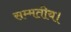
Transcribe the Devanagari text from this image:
सम्मतीय।